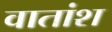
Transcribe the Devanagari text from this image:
वातांश